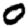
Digit: 0